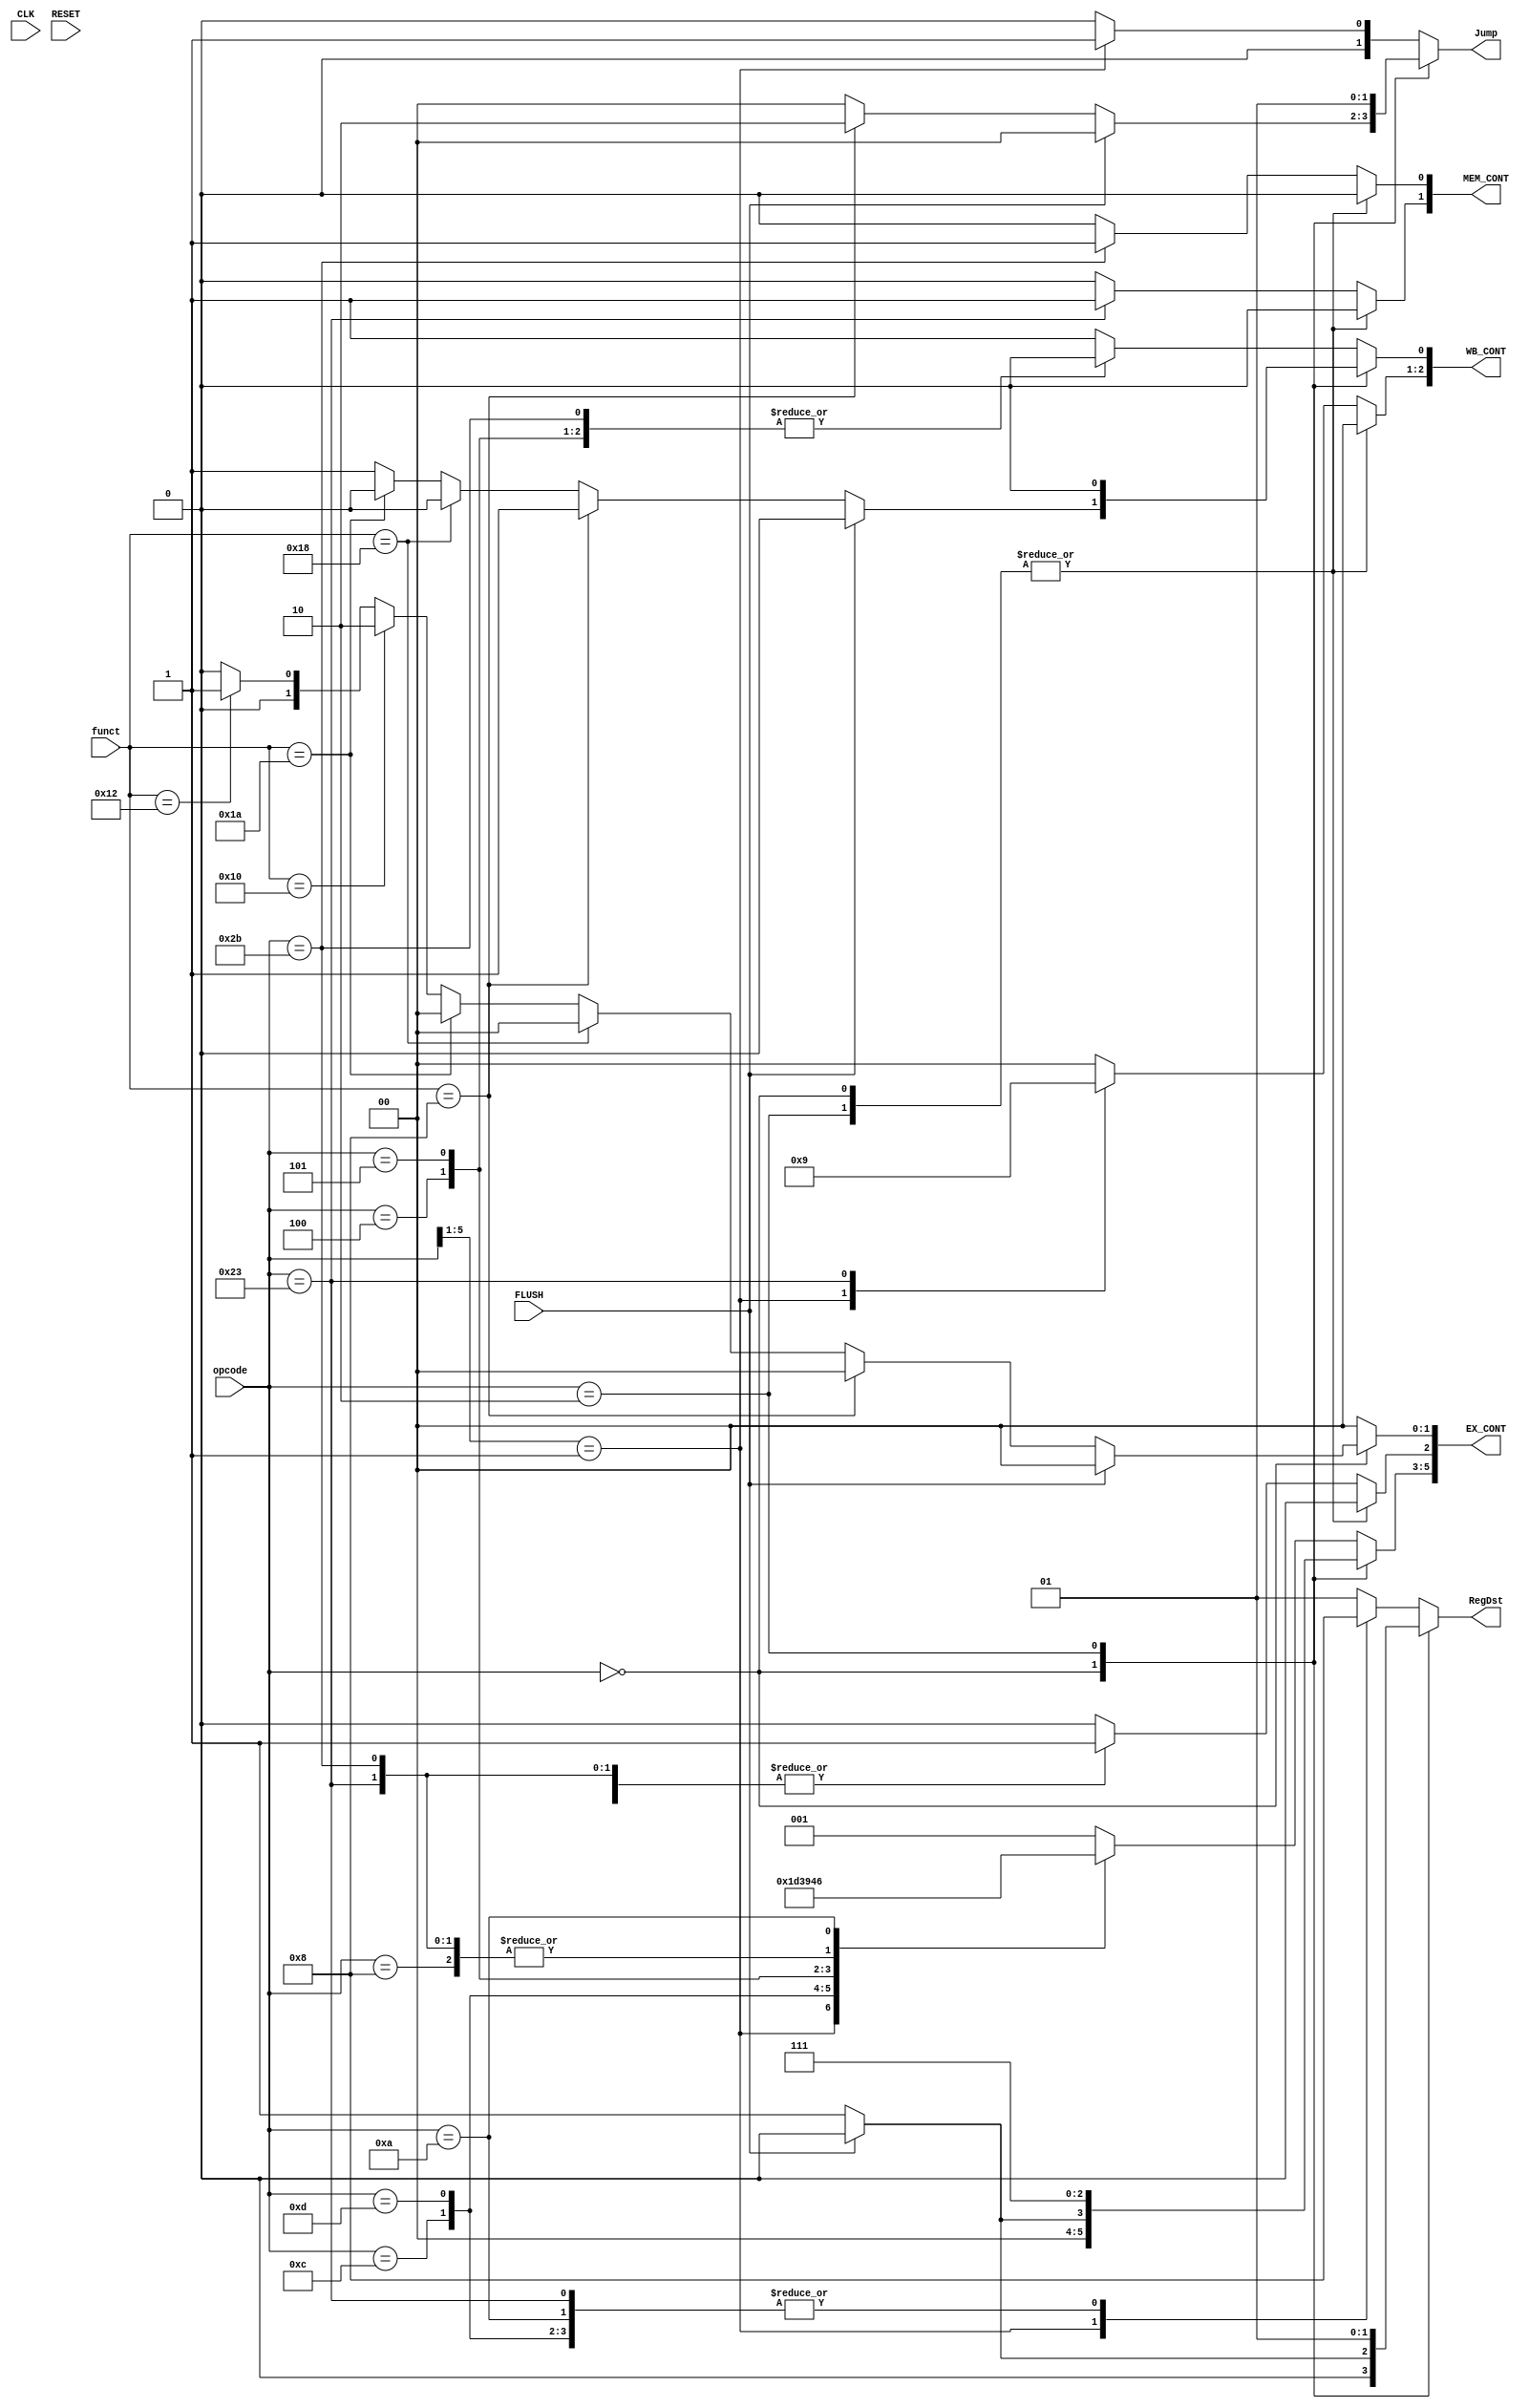
/*Control Control_top(
		.CLK(CLK),			//IN
		.RESET(RESET),			//IN
		.opcode(ID_Instruction[31:26]), //IN
		.funct(ID_Instruction[5:0]),	//IN
		.RegDst(RegDst),		//OUT
		.Jump(Jump),			//OUT @@TIming Issue
		.WB(WB),			//OUT 3bit
		.MEM(MEM),			//OUT 2bit
		.EX(EX)				//OUT 6bit

	);
*/
	//	21	/   2    /   1    /   1   /   1    /  3  /  1   /  2 /
	//	0	/MemtoReg/RegWrite/MemRead/MemWrite/ALUOP/ALUSrc/HiLo/

module Control( CLK, RESET, opcode, funct, FLUSH, RegDst, Jump, WB_CONT, MEM_CONT, EX_CONT);
	input CLK, RESET;
	input [5:0] opcode;
	input [5:0] funct;
	input FLUSH;

	output reg [1:0] RegDst; // Write register select // 00: rd[25:21], 01: rd[15:11] , 10: ra
	output reg [1:0] Jump;
	output reg [2:0] WB_CONT;
	output reg [1:0] MEM_CONT;
	output reg [5:0] EX_CONT;

	always @(opcode, funct, FLUSH) 
	begin //R formmat 000000  is default
		RegDst		<= 2'b01;
		Jump		<= 2'b00;
		EX_CONT 	<= 6'b001000;
		MEM_CONT	<= 2'b00;
		WB_CONT		<= 3'b001;
		
		//$display("______Control.v______");
		casex (opcode)
			/* R format */
			6'b000000: //R 
			begin	
				if (FLUSH == 1'b1)
				begin
					RegDst		<= 2'b00;
					Jump		<= 2'b00;
					EX_CONT 	<= 6'b000000;
					MEM_CONT	<= 2'b00;
					WB_CONT		<= 3'b000;
				end
				else if (funct == 6'b001000) //jr
				begin 
					Jump <= 2'b10;  
					//$display("jr: %b", opcode); 
				end
				else if (funct == 6'b011000) //mult
				begin
					WB_CONT[0] <= 1'b0;
					//$display("mult: %b", opcode); 
				end
				else if (funct == 6'b011010) //div
				begin
					WB_CONT[0] <= 1'b0;
					//$display("div: %b", opcode); 
				end
				else if (funct == 6'b010000) //mfhi
				begin
					EX_CONT[1:0] <= 2'b10;
					//$display("mfhi: %b", opcode); 
				end
				else if (funct == 6'b010010) //mflo
				begin
					EX_CONT[1:0] <= 2'b01;
					//$display("mflo: %b", opcode); 
				end
				else begin 
				//$display("R format: %b", opcode);
				end
			end
			
			/* J format */
			6'b000010: // j
			begin	
				//RegDst	<= 2'b10;
				Jump		<= 2'b01; //@
				//Branch	<= 1'b0;
				MEM_CONT[1]		<= 1'b0;
				//MemtoReg	<= 2'b10;
				EX_CONT[5:3]		<= 3'b111; //@ 
				MEM_CONT[0]		<= 1'b0; //@
				//ALUSrc	<= 1'b0;	
				WB_CONT[0]		<= 1'b0; //@
				//$display("j: %b", opcode); 
			end
			
			6'b00001x: // jal
			begin	
				RegDst		<= 2'b10; //@
				Jump		<= 2'b01; //@
				//Branch	<= 1'b0;
				MEM_CONT[1]		<= 1'b0;
				WB_CONT[2:1]		<= 2'b10; //@
				EX_CONT[5:3]		<= 3'b111; //@ 
				MEM_CONT[0]		<= 1'b0; 
				//ALUSrc	<= 1'b0;	
				WB_CONT[0]		<= 1'b1;
				//$display("jal: %b", opcode); 
			end
			
			/* I format */
			6'b001000: // addi
			begin	
				RegDst		<= 2'b00; //@
				Jump		<= 2'b00; 
				//Branch		<= 1'b0;
				MEM_CONT[1]		<= 1'b0;
				WB_CONT[2:1]		<= 2'b00; 
				EX_CONT[5:3]		<= 3'b000; //@
				MEM_CONT[0]		<= 1'b0; 
				EX_CONT[2]		<= 1'b1; //@	
				WB_CONT[0]		<= 1'b1;
				//$display("addi: %b", opcode); 
			end
			
			6'b001100: // andi
			begin	
				RegDst		<= 2'b00; //@
				Jump		<= 2'b00; 
				//Branch		<= 1'b0;
				MEM_CONT[1]		<= 1'b0;
				WB_CONT[2:1]		<= 2'b00; 
				EX_CONT[5:3]		<= 3'b010; //@ 
				MEM_CONT[0]		<= 1'b0; 
				EX_CONT[2]		<= 1'b1; //@	
				WB_CONT[0]		<= 1'b1;
				//$display("andi: %b", opcode); 
			end
			
			6'b001101: // ori
			begin	
				RegDst		<= 2'b00; //@ 
				Jump		<= 2'b00; 
				//Branch	<= 1'b0;
				MEM_CONT[1]		<= 1'b0;
				WB_CONT[2:1]		<= 2'b00; 
				EX_CONT[5:3]		<= 3'b011; //@ 
				MEM_CONT[0]		<= 1'b0; 
				EX_CONT[2]		<= 1'b1; //@	
				WB_CONT[0]		<= 1'b1;
				//$display("ori: %b", opcode); 
			end
			
			6'b000100: // beq
			begin	
				//RegDst	<= 2'b10; 
				Jump		<= 2'b00; 
				//Branch	<= 1'b1; //@
				MEM_CONT[1]		<= 1'b0;
				//MemtoReg	<= 2'b10; 
				EX_CONT[5:3]		<= 3'b100; //@ 
				MEM_CONT[0]		<= 1'b0; 
				EX_CONT[2]		<= 1'b0;	
				WB_CONT[0]		<= 1'b0; //@
				//$display("beq: %b", opcode); 
			end
			
			6'b000101: // bne
			begin	
				//RegDst	<= 2'b10; /0@
				Jump		<= 2'b00; 
				//Branch	<= 1'b1; //@
				MEM_CONT[1]		<= 1'b0;
				//MemtoReg	<= 2'b10; 
				EX_CONT[5:3]		<= 3'b101; //@
				MEM_CONT[0]		<= 1'b0; 
				EX_CONT[2]		<= 1'b0;	
				WB_CONT[0]		<= 1'b0; //@
				//$display("bne: %b", opcode); 
			end
			
			6'b100011: // lw
			begin	
				RegDst		<= 2'b00; //Immediate
				Jump		<= 2'b00; 
				//Branch	<= 1'b0;
				MEM_CONT[1]		<= 1'b1; //Data memory read
				WB_CONT[2:1]		<= 2'b01; // Write data from data memory
				EX_CONT[5:3]		<= 3'b000; //@ 
				MEM_CONT[0]		<= 1'b0; 
				EX_CONT[2]		<= 1'b1; // Immediate	
				WB_CONT[0]		<= 1'b1;
				//$display("lw: %b", opcode); 
			end
			
			6'b101011: // sw
			begin	
				//RegDst		<= 2'b10; 
				Jump		<= 2'b00; 
				//Branch		<= 1'b0;
				MEM_CONT[1]		<= 1'b0;
				//MemtoReg	<= 2'b10; 
				EX_CONT[5:3]		<= 3'b000; //@ 
				MEM_CONT[0]		<= 1'b1; //Data memory write
				EX_CONT[2]		<= 1'b1; // Immediate
				WB_CONT[0]		<= 1'b0; // No register memory write
				//$display("sw: %b", opcode); 
			end
			
			6'b001010: // slti
			begin	
				RegDst		<= 2'b00; //Immediate
				Jump		<= 2'b00; 
				//Branch	<= 1'b0;
				MEM_CONT[1]		<= 1'b0;
				WB_CONT[2:1]		<= 2'b00; 
				EX_CONT[5:3]		<= 3'b110; //@ 
				MEM_CONT[0]		<= 1'b0; 
				EX_CONT[2]		<= 1'b1; //Immediate	
				WB_CONT[0]		<= 1'b1;
				//$display("slti: %b", opcode); 
			end
			
		endcase
	end

endmodule